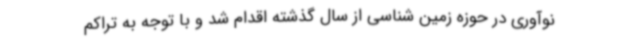
نوآوری در حوزه زمین شناسی از سال گذشته اقدام شد و با توجه به تراکم